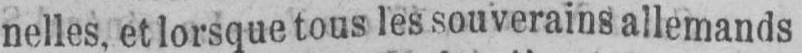
nelles, et lorsque tous les souverains allemands